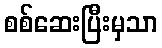
စစ်ဆေးပြီးမှသာ